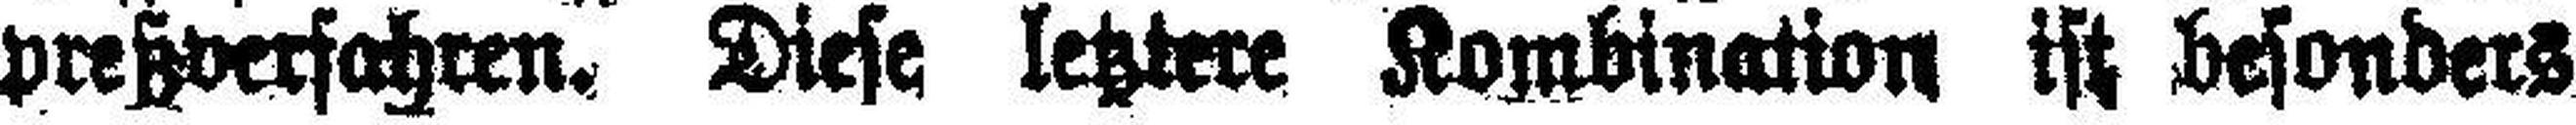
preßverfahren. Diese letztere Kombination ist besonders